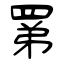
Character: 罤